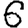
Digit: 6